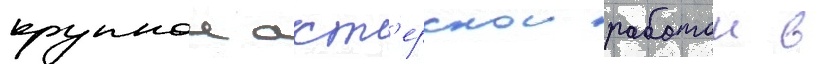
крупнои акт'ерскои работои в